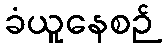
ခံယူနေစဉ်